Lock hospitals Punjab
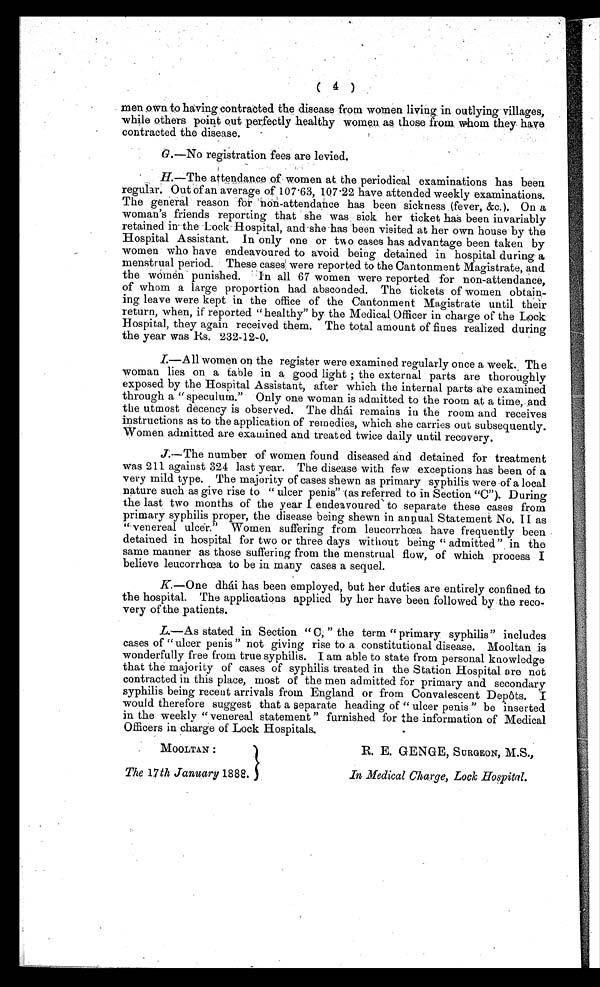
MOOLTAN :
The 17 th January 1888.
R. E. GENGE, SURGEON, M.S.,
In Medical Charge, Lock Hospital.
(4)
men own to having contracted the disease from women living in outlying villages,
while others point out perfectly healthy women as those from, whom they have
contracted the disease.
G .—No registration fees are levied.
H.—The attendance of women at the periodical examinations has been
regular. Out of an average of 107.63, 107.22 have attended weekly examinations.
The general reason for non-attendance has been sickness (fever, &c.). On a
woman's friends reporting that she was sick her ticket has been invariably
retained in the Lock Hospital, and she has been visited at her own house by the
Hospital Assistant. In only one or two cases has advantage been taken by
women who have endeavoured to avoid being detained in hospital during a
menstrual period. These cases were reported to the Cantonment Magistrate, and
the women punished. In all 67 women were reported for non-attendance,
of whom a large proportion had absconded. The, tickets of women obtain-
ing leave were kept in the office of the Cantonment Magistrate until their
return, when, if reported "healthy" by the Medical, Officer in charge of the Lock
Hospital, they again received them. The total amount of fines realized during
the year was Rs. 232-12-0.
I.—All women on the register were examined regularly once a week. The
woman lies on a table in a good light ; the external parts are thoroughly
exposed by the Hospital Assistant, after which the internal parts ate examined
through a " speculum." Only one woman is admitted to the room at a time, and
the utmost decency is observed. The dhai remains in the room and receives
instructions as to the application of remedies, which she carries out subsequently.
Women admitted are examined and treated twice daily until recovery.
J.—The number of women found diseased and detained for treatment
was 211 against 324 last year. The disease with few exceptions has been of a
very mild type. The majority of cases shewn as primary syphilis were of a local
nature such as give rise to " ulcer penis " (as referred to in Section "C"). During
the last two months of the year I endeavoured to separate these cases from
primary syphilis proper, the disease being shewn in annual Statement No. II as
"venereal ulcer. Women suffering from leucorrhœa have frequently been
detained in hospital for two or three days without being " admitted" in the
same manner as those suffering from the menstrual flow, of which process I
believe leucorrhœa to be in many cases a sequel.
K.—One dhái has been employed, but her duties are entirely confined to
the hospital. The applications applied by her have been followed by the reco-
very of the patients.
L.—As stated in Section " C, " the term " primary syphilis" includes
cases of " ulcer penis " not giving rise to a constitutional disease. Mooltan is
wonderfully free from true syphilis. I am able to state from personal knowledge
that the majority of cases of syphilis treated in the Station Hospital are not
contracted in this place, most of the men admitted for primary and secondary
syphilis being recent arrivals from England or from Convalescent Depôts. I
would therefore suggest that a separate heading of " ulcer penis " be inserted
in the weekly " venereal statement " furnished for the information of Medical
Officers in charge of Lock Hospitals.